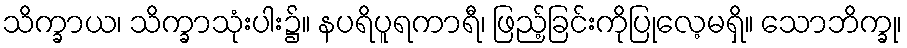
သိက္ခာယ၊ သိက္ခာသုံးပါး၌။ နပရိပူရကာရီ၊ ဖြည့်ခြင်းကိုပြုလေ့မရှိ။ သောဘိက္ခု၊